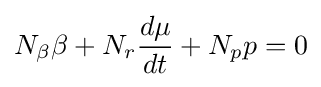
N_{\beta }\beta +N_{r}{\frac {d\mu }{dt}}+N_{p}p=0